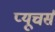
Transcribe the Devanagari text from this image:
प्यूचर्स